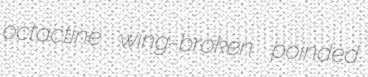
octactine wing-broken poinded